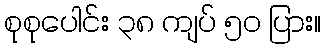
စုစုပေါင်း ၃၈ ကျပ် ၅၀ ပြား။